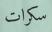
سكرات